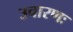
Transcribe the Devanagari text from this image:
उचारणः